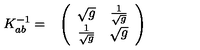
\begin{array} { c c } { K _ { a b } ^ { - 1 } = } & { \left( \begin{array} { c c } { \sqrt { g } } & { { \frac { 1 } { \sqrt { g } } } } \\ { { \frac { 1 } { \sqrt { g } } } } & { \sqrt { g } } \\ \end{array} \right) } \\ \end{array}